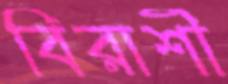
বিরাশী